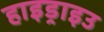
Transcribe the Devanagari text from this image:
हाइड्राइउ